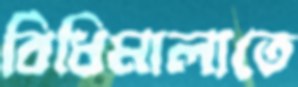
বিধিমালাতে